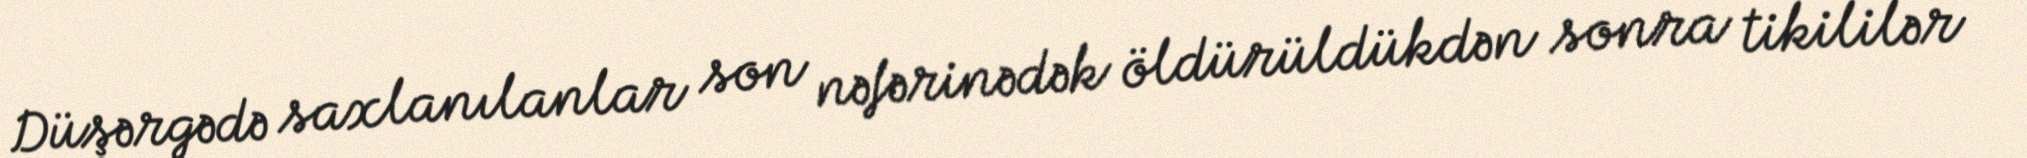
Düşərgədə saxlanılanlar son nəfərinədək öldürüldükdən sonra tikililər